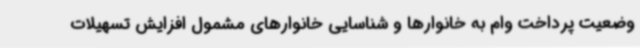
وضعیت پرداخت وام به خانوارها و شناسایی خانوارهای مشمول افزایش تسهیلات